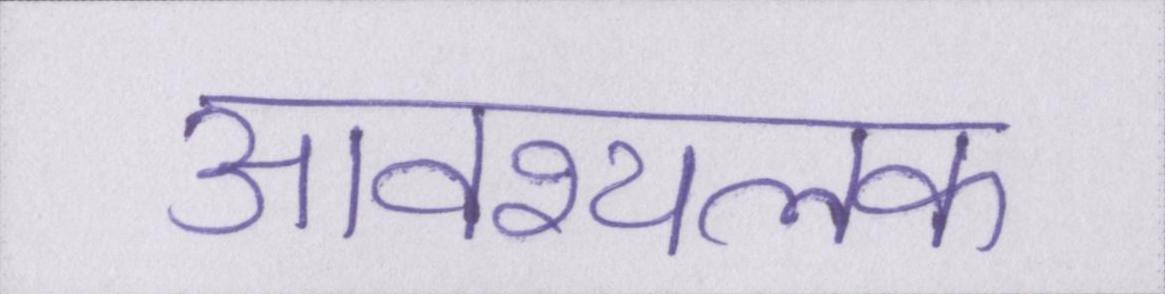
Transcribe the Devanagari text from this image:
आवश्यलक